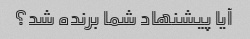
آیا پیشنهاد شما برنده شد؟